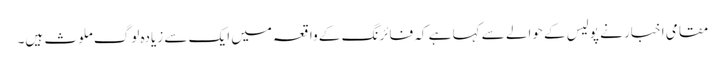
مقامی اخبار نے پولیس کے حوالے سے کہا ہے کہ فائرنگ کے واقعہ میں ایک سے زیادہ لوگ ملوث ہیں۔